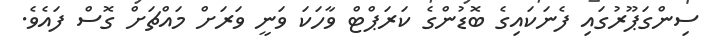
ސިންގަޕޫރުގައި ފެނަކައިގެ ބޮޑުންގެ ކަރަޕްޓް ވާހަކަ ވަނީ ވަރަށް މައްޗަށް ގޮސް ފައެވެ.